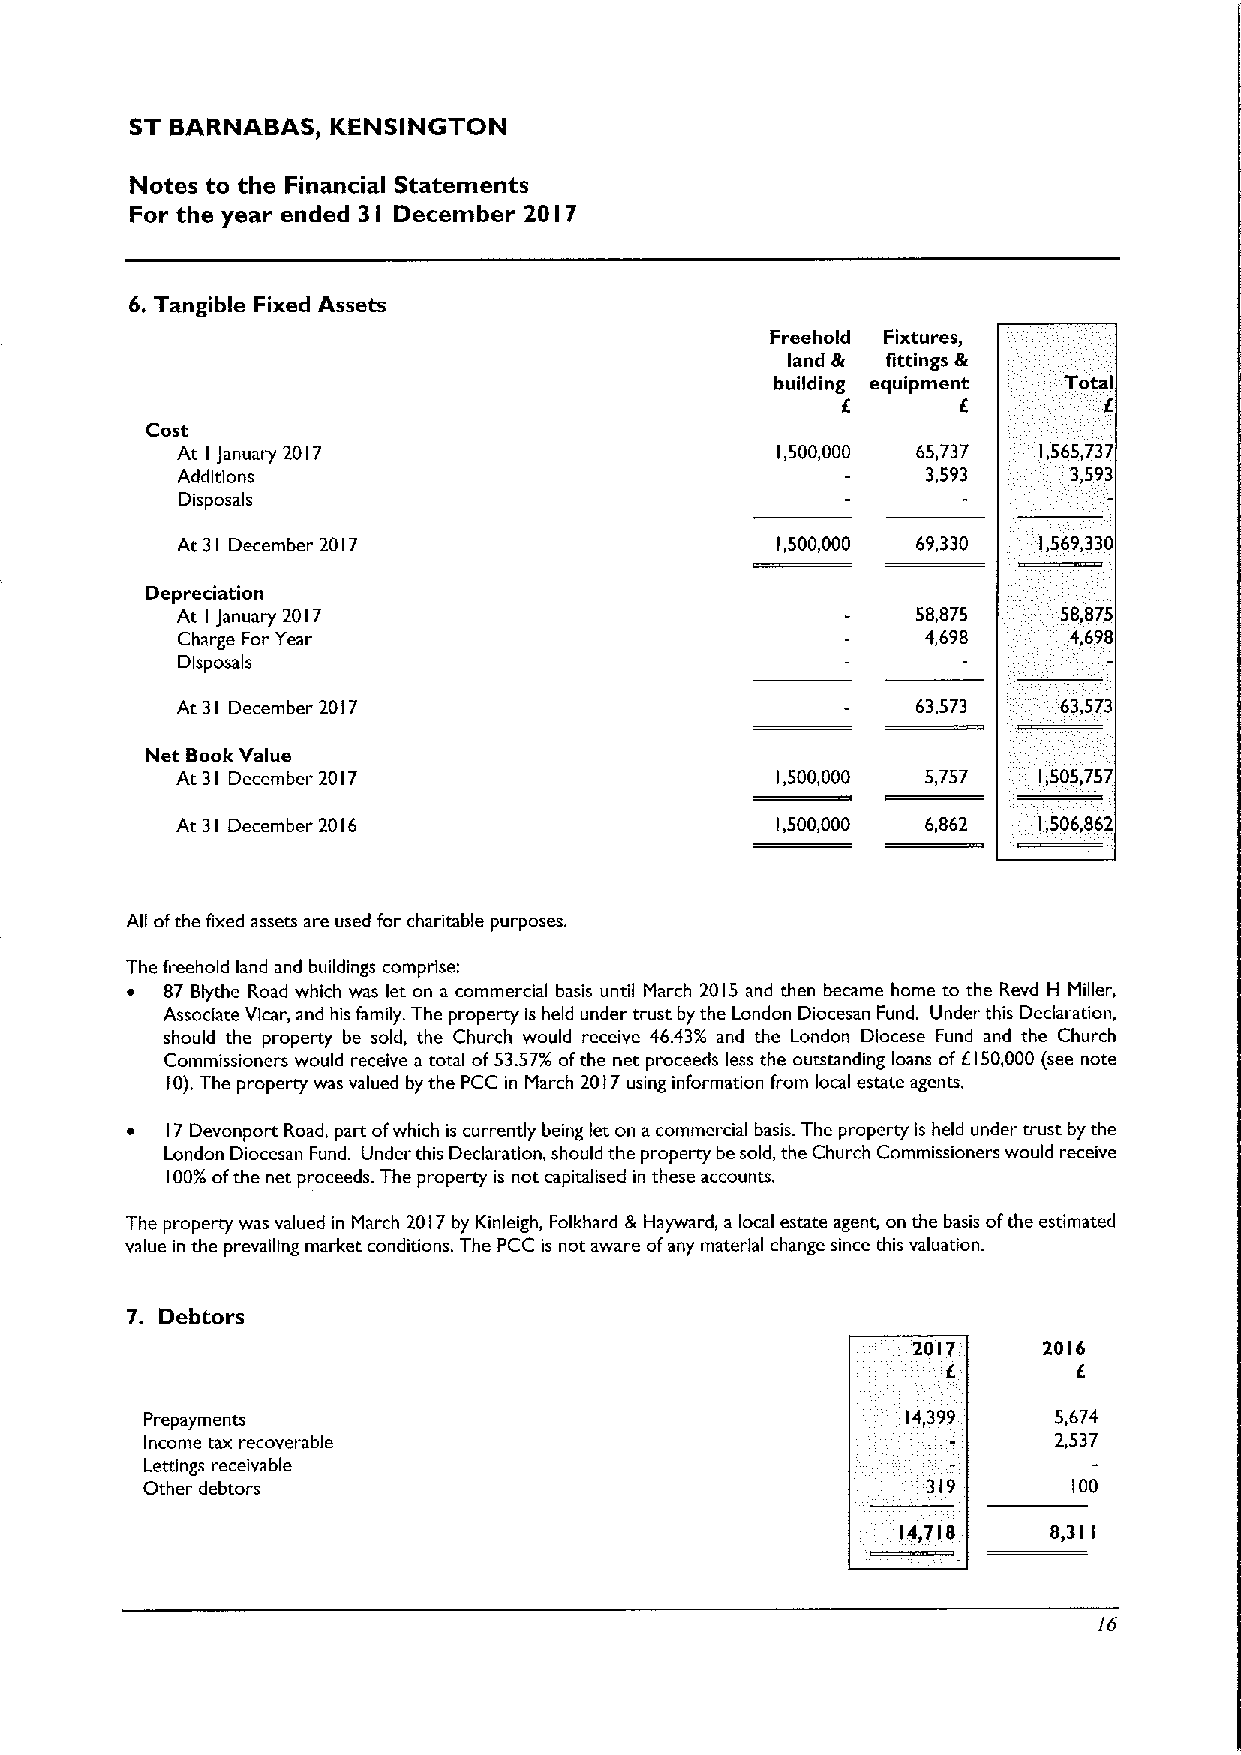
ST I3ARNAI3AS, KENSINGTON
 Notes to the Financial Statements
 For the year ended 3 I December 20 I7
 6.Tangible Fixed Assets
 Freehold Fixtures,
 land gi fittings 8
 building equipment Total
 E        E
 Cost
 At I January 2017                      1,500,000 65,737  1,565,737
 Additions                                        3,593     3,593
 Disposals
 At 31 December 2017                    1,500,000 69,330  1,569,330
 Depreciation
 At I January 2017                                58,875   58,875
 Charge For Year                                  4,698     4,698
 Disposals
 At 31 December 2017                              63,573
 Net BookValue
 At 31 December 2017                    1,500,000 5,757   1,505,757
 At 31 December 2016                    1,500,000 6,862   1,506,862
 All ofthe fixed assets are used for charitable purposes.
 The freehold land and buildings comprise:
 ~  87 8lythe Road which was let on a commercial basis until March 2015 and then became home to the Revd H Miller,
 Associate Vicar, and his family. The property is held under trust by the London Diocesan Fund. Under this Declaration,
 should the property be sold, the Church would receive 46.43/ and the London Diocese Fund and the Church
 Commissioners would receive a total of53.57/ ofthe net proceeds less the outstanding loans of E150,000 (see note
 10).The property was valued by the PCC in March 2017using information from local estate agents.
 ~  17Devonport Road, part ofwhich is currently being let on acommercial basis. The property is held under trust by the
 London Diocesan Fund. Under this Declaration, should the property be sold, the Church Commissioners would receive
 100%ofthe net proceeds. The property is not capitalised in these accounts.
 The property was valued in March 2017by Kinleigh, Folkhard 8 Hayward, a local estate agent, on the basis ofthe estimated
 value in the prevailing market conditions. The PCC is not aware ofany material change since this valuation.
 7. Debtors
 2017     2016
 E       E
 Prepayments                                       14,399    5,674
 Income tax recoverable                                      2,537
 Lettings receivable
 Other debtors                                       319       100
 14,718    8,311
 26